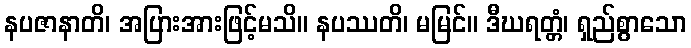
နပဇာနာတိ၊ အပြားအားဖြင့်မသိ။ နပဿတိ၊ မမြင်။ ဒီဃရတ္တံ၊ ရှည်စွာသော